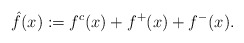
\begin{align*}\hat{f}(x):=f^c(x)+f^+(x)+f^-(x).\end{align*}